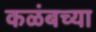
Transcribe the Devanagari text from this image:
कळंबच्या